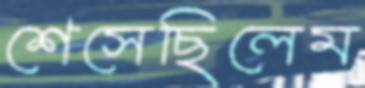
শেসেছিলেম